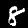
Label: 8